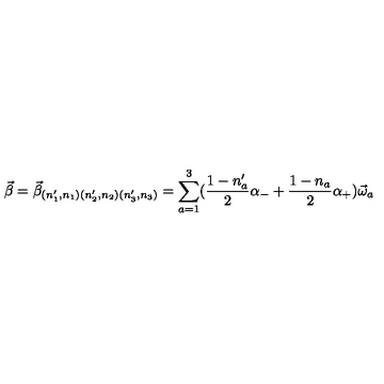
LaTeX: \vec { \beta } = \vec { \beta } _ { ( n _ { 1 } ^ { \prime } , n _ { 1 } ) ( n _ { 2 } ^ { \prime } , n _ { 2 } ) ( n _ { 3 } ^ { \prime } , n _ { 3 } ) } = \sum _ { a = 1 } ^ { 3 } ( \frac { 1 - n _ { a } ^ { \prime } } { 2 } \alpha _ { - } + \frac { 1 - n _ { a } } { 2 } \alpha _ { + } ) \vec { \omega } _ { a }